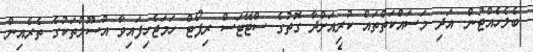
ބެލެހެއްޓުން. އަދި މަސައްކަތްތައް ކުރިއަށްދާ ގޮތުގެ ސްޓޭޓަސް ރިޕޯޓް ހަމަޖެހިފައިވާ އުސޫލުތަކުގެ ތެރެއިން